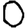
Digit: 0